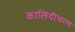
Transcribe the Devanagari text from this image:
कालिंदीचरण